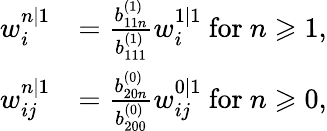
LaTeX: \begin{array}{rl}{w_{i}^{n|1}}&{=\frac{b_{11n}^{(1)}}{b_{111}^{(1)}}w_{i}^{1|1}\mathrm{~for~}n\geqslant 1,}\\ {w_{ij}^{n|1}}&{=\frac{b_{20n}^{(0)}}{b_{200}^{(0)}}w_{ij}^{0|1}\mathrm{~for~}n\geqslant 0,}\end{array}